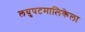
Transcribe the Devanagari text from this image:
लघुपटमालिकेला